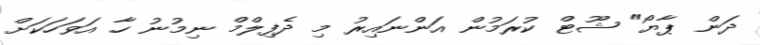
ދަން ޕާޔޯ" ޝޫޓް ކުރަމުން އަންނައިރު މި ދެފިލްމް ނިމުނު ހާ އަވަހަކަށް